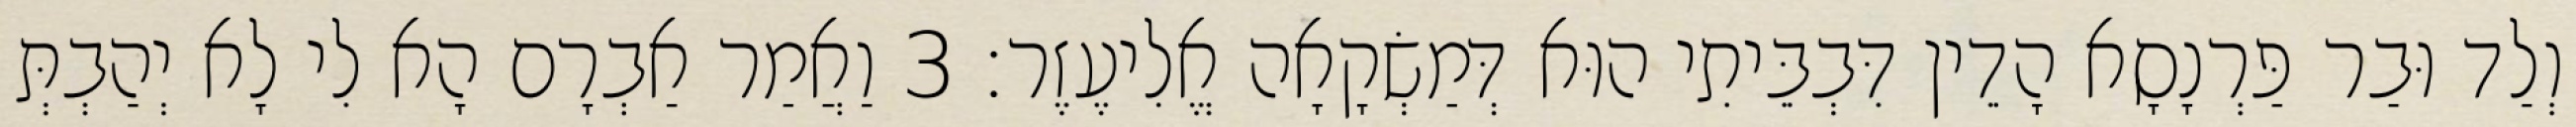
וְלַד וּבַר פַּרְנָסָא הָדֵין דִּבְבֵּיתִי הוּא דְּמַשְׂקָאָה אֱלִיעֶזֶר׃ 3 וַאֲמַר אַבְרָם הָא לִי לָא יְהַבְתְּ